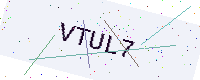
Text: VTUL7